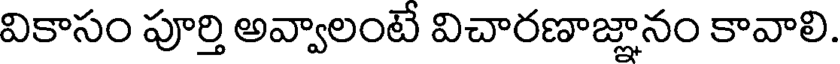
వికాసం పూర్తి అవ్వాలంటే విచారణాజ్ఞానం కావాలి.